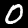
Label: 0